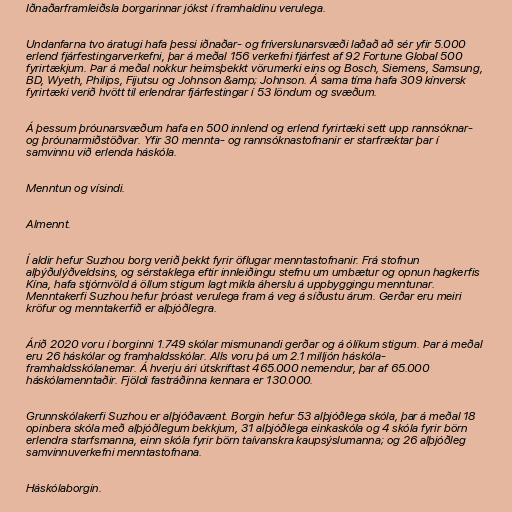
Iðnaðarframleiðsla borgarinnar jókst í framhaldinu verulega.

Undanfarna tvo áratugi hafa þessi iðnaðar- og fríverslunarsvæði laðað að sér yfir 5.000
erlend fjárfestingarverkefni, þar á meðal 156 verkefni fjárfest af 92 Fortune Global 500
fyrirtækjum. Þar á meðal nokkur heimsþekkt vörumerki eins og Bosch, Siemens, Samsung,
BD, Wyeth, Philips, Fijutsu og Johnson &amp; Johnson. Á sama tíma hafa 309 kínversk
fyrirtæki verið hvött til erlendrar fjárfestingar í 53 löndum og svæðum.

Á þessum þróunarsvæðum hafa en 500 innlend og erlend fyrirtæki sett upp rannsóknar-
og þróunarmiðstöðvar. Yfir 30 mennta- og rannsóknastofnanir er starfræktar þar í
samvinnu við erlenda háskóla.

Menntun og vísindi.

Almennt.

Í aldir hefur Suzhou borg verið þekkt fyrir öflugar menntastofnanir. Frá stofnun
alþýðulýðveldsins, og sérstaklega eftir innleiðingu stefnu um umbætur og opnun hagkerfis
Kína, hafa stjórnvöld á öllum stigum lagt mikla áherslu á uppbyggingu menntunar.
Menntakerfi Suzhou hefur þróast verulega fram á veg á síðustu árum. Gerðar eru meiri
kröfur og menntakerfið er alþjóðlegra.

Árið 2020 voru í borginni 1.749 skólar mismunandi gerðar og á ólíkum stigum. Þar á meðal
eru 26 háskólar og framhaldsskólar. Alls voru þá um 2.1 milljón háskóla-
framhaldsskólanemar. Á hverju ári útskriftast 465.000 nemendur, þar af 65.000
háskólamenntaðir. Fjöldi fastráðinna kennara er 130.000.

Grunnskólakerfi Suzhou er alþjóðavænt. Borgin hefur 53 alþjóðlega skóla, þar á meðal 18
opinbera skóla með alþjóðlegum bekkjum, 31 alþjóðlega einkaskóla og 4 skóla fyrir börn
erlendra starfsmanna, einn skóla fyrir börn taívanskra kaupsýslumanna; og 26 alþjóðleg
samvinnuverkefni menntastofnana.

Háskólaborgin.